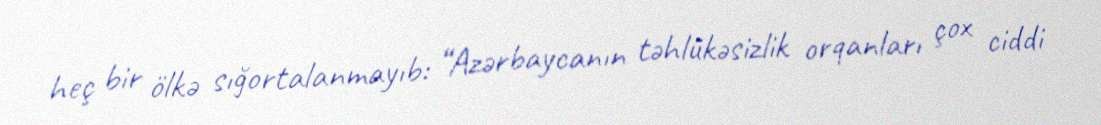
heç bir ölkə sığortalanmayıb: “Azərbaycanın təhlükəsizlik orqanları çox ciddi